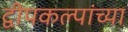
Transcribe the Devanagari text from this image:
द्वीपकल्पांच्या